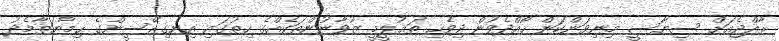
ރާއްޖެއަށް ސިޔާސީ މިނިވަންކަން ހޯއްދެވުން ދިވެހި ތަޢުލީމީ ޒުވާނުންތަކެއްގެ ހިތުގައި އިނގިރޭސީންގެ ޙިމާޔަތާމެދު